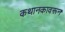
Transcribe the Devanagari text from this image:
कथानकावरून